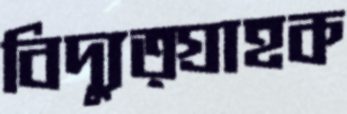
বিদ্যুত্গ্রাহক